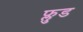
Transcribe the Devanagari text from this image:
फ्लुड